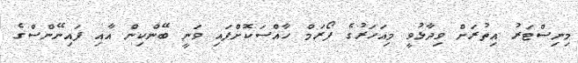
މިނިސްޓަރު އިތުރަށް ވިދާޅުވީ މިއަހަރުގެ ފޯރަމް ހާއްސަކޮށްފައި ވަނީ ބޭންކިން އާއި ފައިނޭންސްގެ